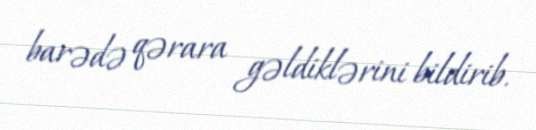
barədə qərara gəldiklərini bildirib.